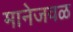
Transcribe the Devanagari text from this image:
मानेजवळ